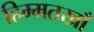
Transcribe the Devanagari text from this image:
हिम्मतखाँ